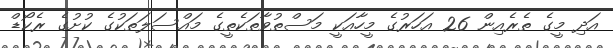
އަދި މީގެ ތެރެއިން 26 އަހަރުގެ މީހާއަކީ މަސްތުވާތަކެތީގެ މައްސަލަތަކުގެ ކުށުގެ ރެކޯޑް